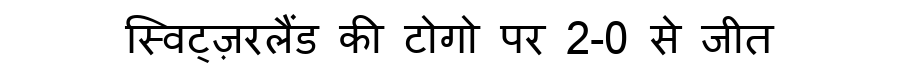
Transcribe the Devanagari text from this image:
स्विट्ज़रलैंड की टोगो पर 2-0 से जीत